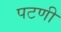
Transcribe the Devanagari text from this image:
पटणी